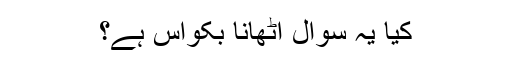
کیا یہ سوال اٹھانا بکواس ہے؟